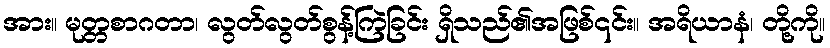
အား။ မုတ္တစာဂတာ၊ လွတ်လွတ်စွန့်ကြဲခြင်း ရှိသည်၏အဖြစ်၎င်း။ အရိယာနံ၊ တို့ကို။